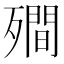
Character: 𭮣